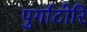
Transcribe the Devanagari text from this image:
पुर्गाटोरि